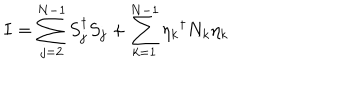
LaTeX: I = \sum _ { j = 2 } ^ { N - 1 } S _ { j } ^ { \dagger } S _ { j } + \sum _ { k = 1 } ^ { N - 1 } { \eta _ { k } } ^ { \dagger } N _ { k } \eta _ { k }